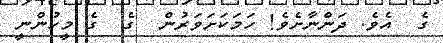
ގެ  އެވެެ. ދަންނާށެވެ! ހަމަކަށަވަރުން  ގެ  ގެ މީހުންނީ